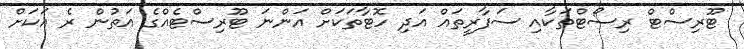
ޓޫރިސްޓް ރިސޯޓްތަކާއި ސަފާރީތައް އަދި ހޮޓާތަކަށް އަންނަ ޓޫރިސްޓެއްގެ އަަތުން ރެ އަކަށް